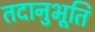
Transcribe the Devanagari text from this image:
तदानुभूति